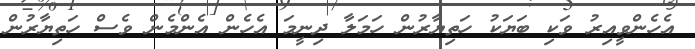
އެހެންވީއިރު ވަކި ބަޔަކު ހަތިޔާރުން ހަމަލާ ދިނީމަ އެހެން އެންމެން ވެސް ހަތިޔާރުން